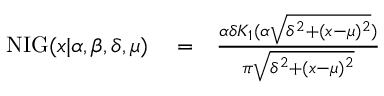
\begin{array} { r l r } { \mathrm { \cal N I G } { } ( x | \alpha , \beta , \delta , \mu ) } & { { } = } & { \frac { \alpha \delta K _ { 1 } ( \alpha \sqrt { \delta ^ { 2 } + ( x - \mu ) ^ { 2 } } ) } { \pi \sqrt { \delta ^ { 2 } + ( x - \mu ) ^ { 2 } } } } \end{array}